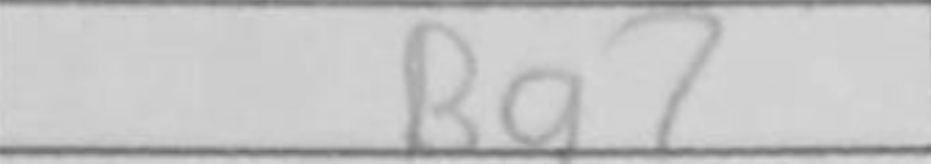
Transcription: Bg7